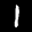
Label: 1